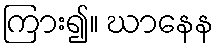
ကြား၍။ ဃာနေန